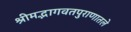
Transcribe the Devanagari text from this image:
श्रीमद्भागवतपुराणातले